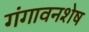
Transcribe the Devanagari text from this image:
गंगावनशेष